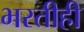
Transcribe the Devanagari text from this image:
भरतीही